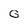
Character: G